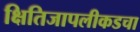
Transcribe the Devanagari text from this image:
क्षितिजापलीकडचा